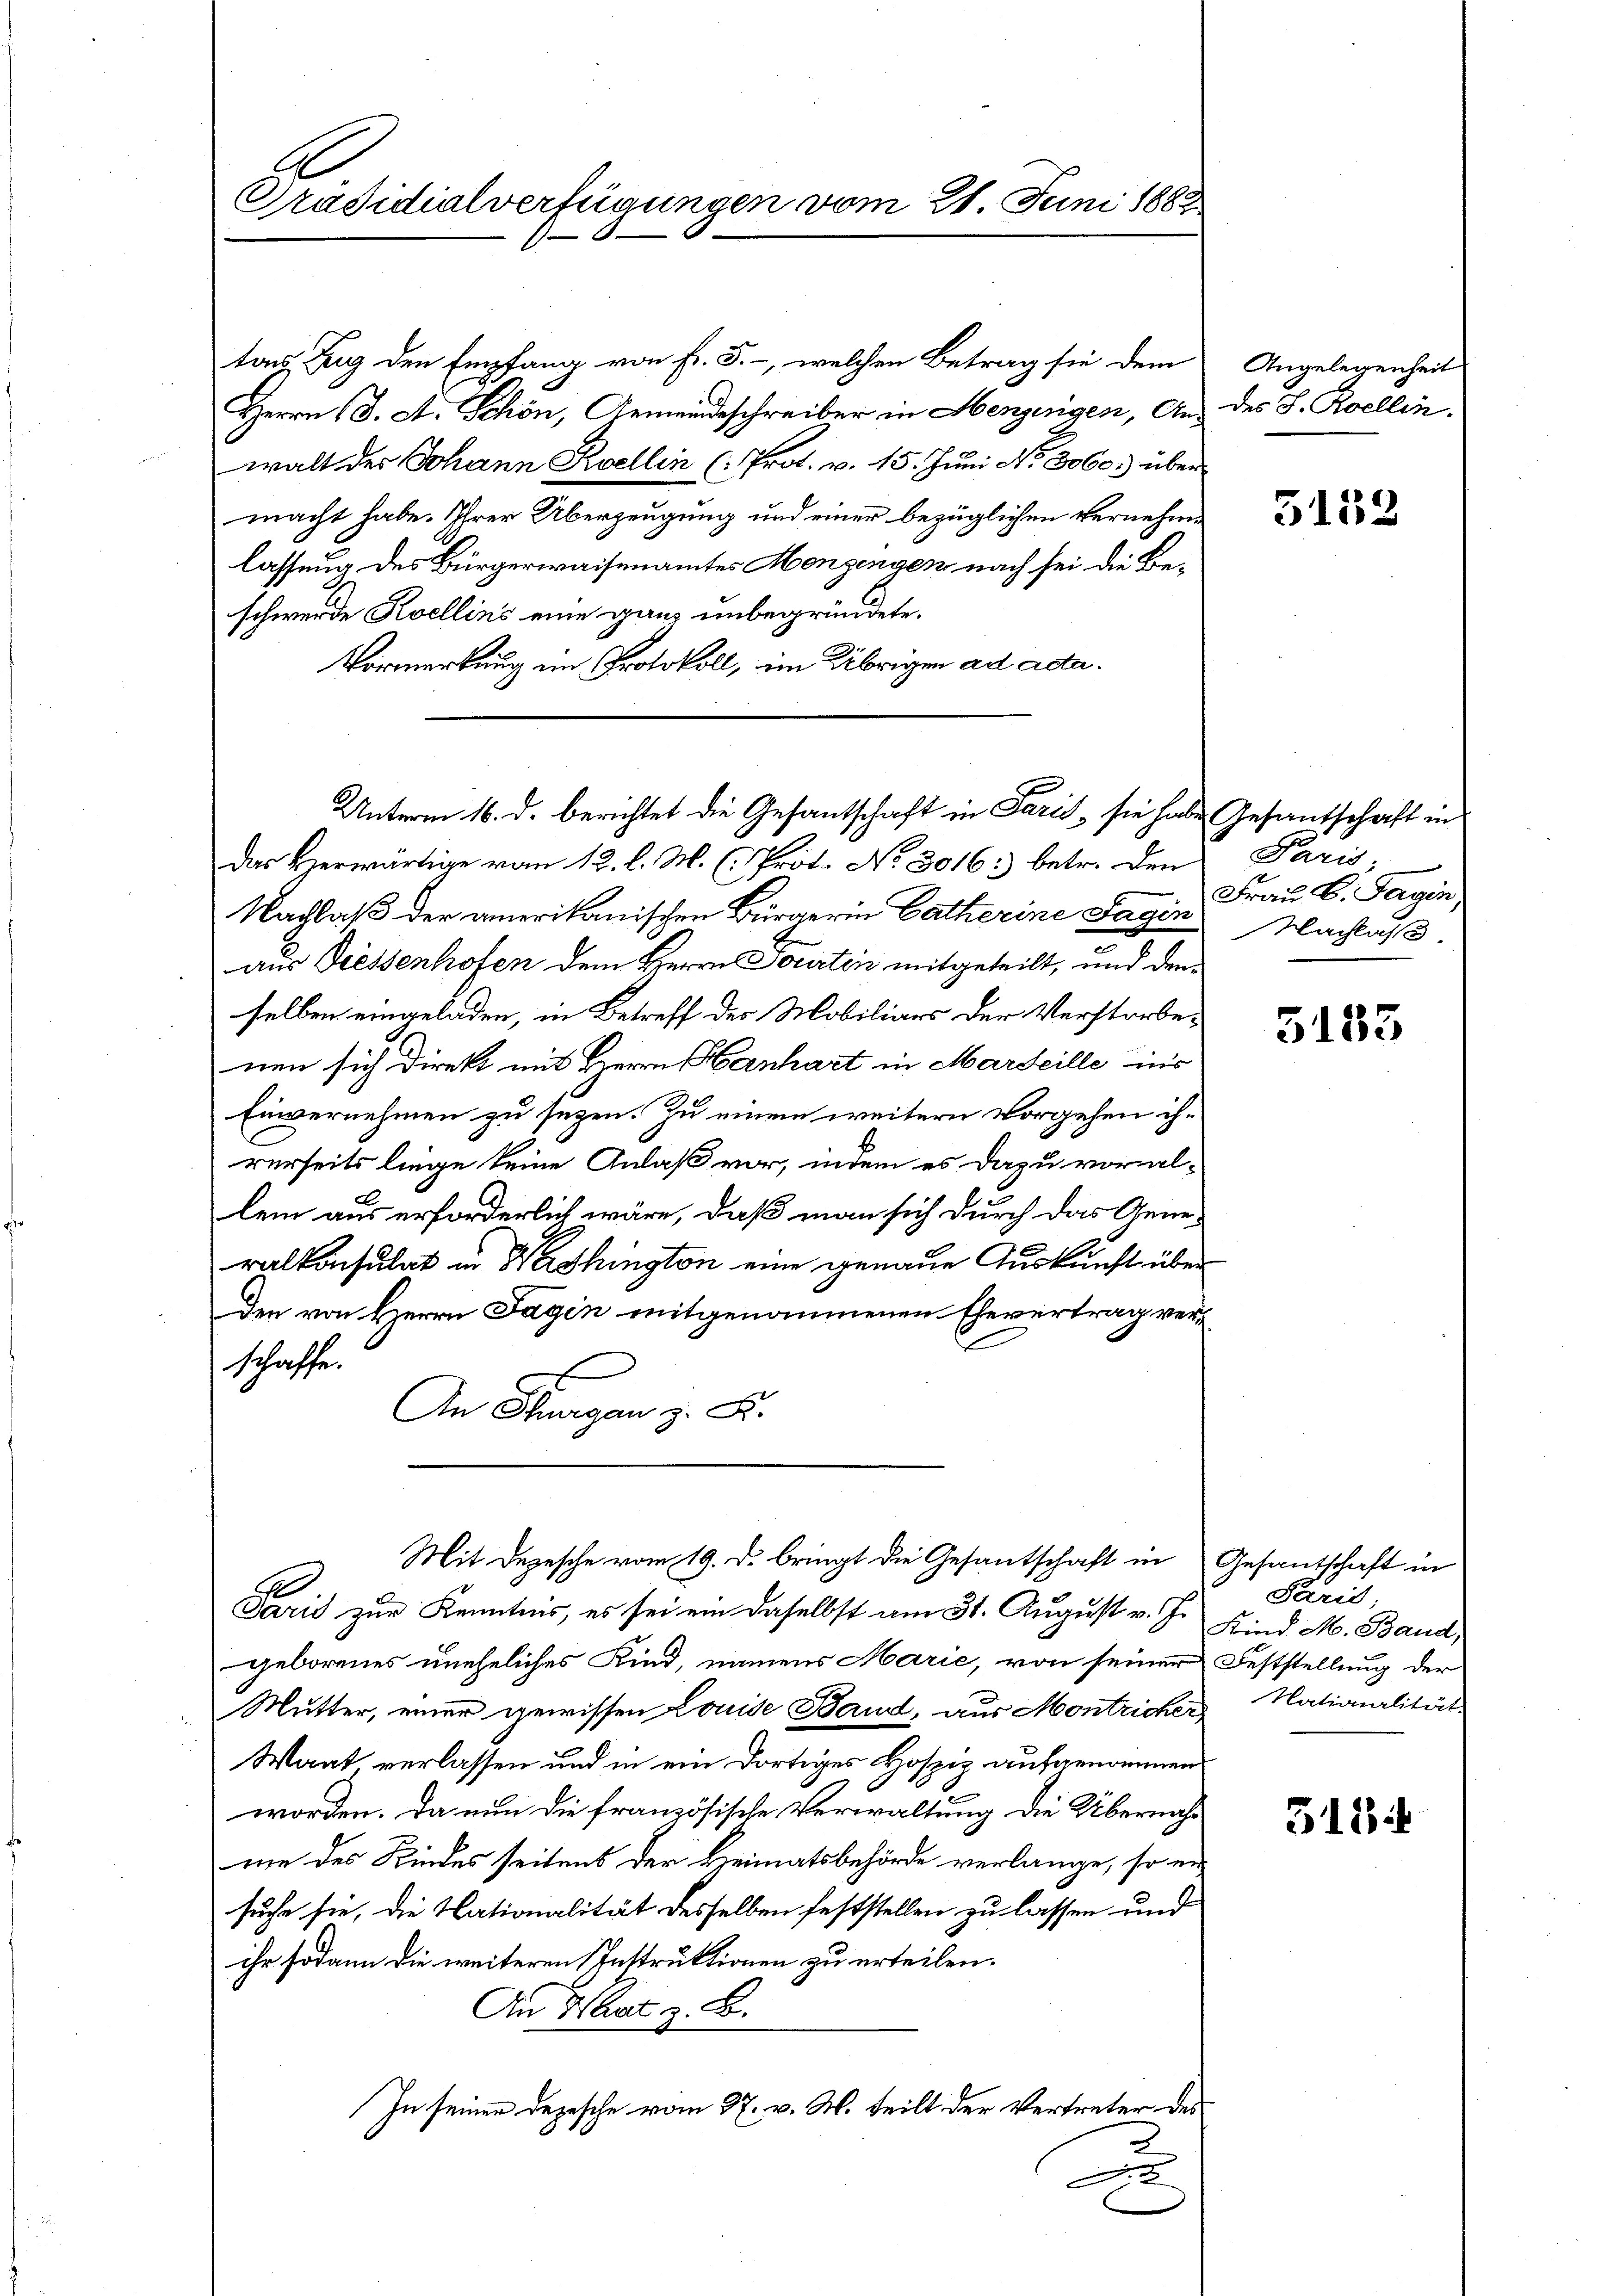
tons Zug den Empfang von Fr. 5. -, welchen Betrag sie dem
Herrn (S. A. Schön, Gemeindeschreiber in Henzingen, An des S. Roellin.
walt der Johann Kvellin (Prot. v. 15. Juni No 3060.) über
macht habe. Ihrer Überzeugung und einer bezüglichen Vernehmlassung des Bürgerwaisenamtes Mengengen nach sei die Beschwerde Kvellins eine ganz unbegründete.
Vormerkung im Protokoll, im Übrigen ad acta.
Das Herwärtige vom 12. l. M. (Prot. No 3016: betr. den Paris,
Nachlaß der amerikanischen Bürgerin Catherine Tagen Frau B. Tagen,
aus Diessenhofen dem Herrn Jourten mitgeteilt, und den
selben eingeladen, in Betreff des Mobiliars der Verstorbenen sich direkt mit Herrn Hanhart in Marseille ins
Einvernehmen zu sezen. Zu einem weitern vorgehen ihrerseits liege keine Anlaß vor, indem es dazu voral-
lem aus erforderlich wäre, daß man sich durch das Gene-
ralkonsulat in Washington eine genaue Auskunft übe
den von Herrn Tagen mitgenommenen Ehevertrag ver¬
.
schaffe.
An Thurgan z. B.
Mit Depesche vom 19. d. bringt die Gesantschaft in
1
Paris zur Kenntnis, es sei ein daselbst am 31. August v. J.
geborenes uneheliches Kind, namens Marie, von seiner
Mutter, einer gewissen Louise Band, aus Montricher Nationalität
Waat, verlassen und in ein dortiges Hospiz aufgenommen
worden. Da nun die französische Verwaltung die Übernahmie des Kindes seitens der Heimatsbehörde verlange, so en
suche sie, die Nationalität desselben feststellen zu lassen und
ihr sodann die weiteren Instruktionen zu erteilen.
An That z. B.
In seiner Depesche vom 27. v. M. teilt der Vertreter des
F

.
Präsidialverfügungen vom 21. Juni 1883

Unterm 16. d. berichtet die Gesantschaft in Paris, sie habe Gesantschaft in

Angelegenheit

5152

Nachlass

5183

Gesantschaft in
Paris
Kind M. Band,
Feststellung der

318